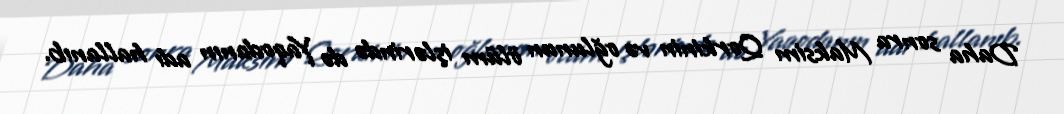
Daha sonra Maksim Qorkinin və oğlunun ölüm işlərində də Yaqodanın adı hallanıb.